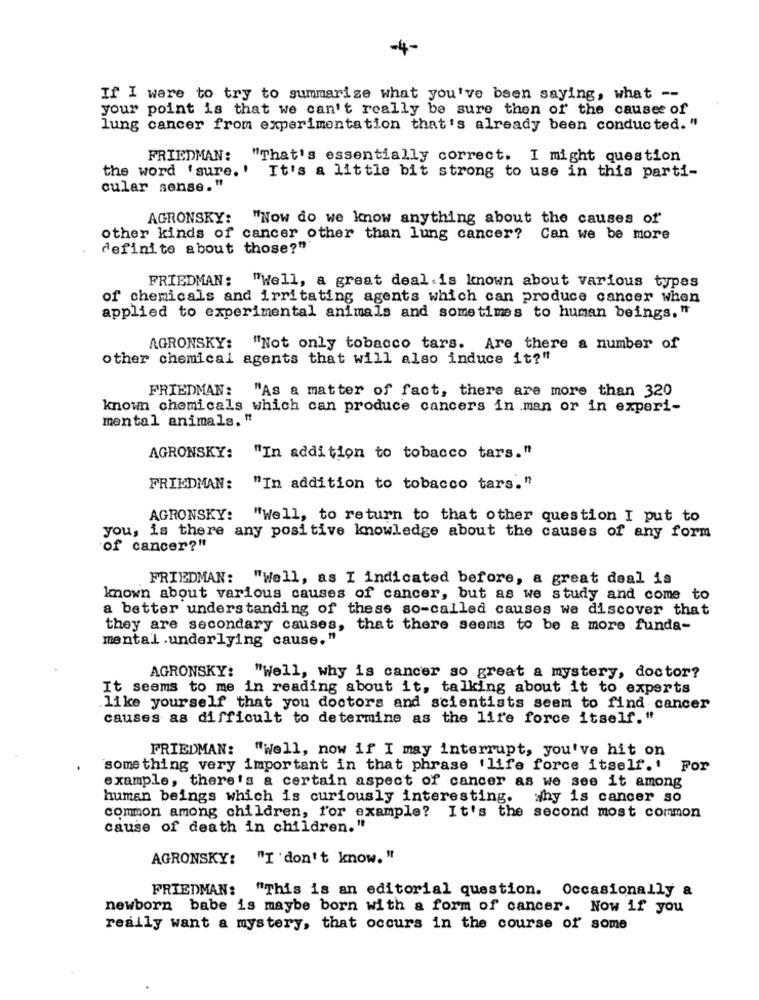
-4-
If I were to try to summarize what you've been saying, what --
your point is that we can't really be sure then of the cause of
lung cancer from experimentation that's already been conducted. "
FRIEDMAN: "That's essentially correct. I might question
the word 'sure. ' It's a little bit strong to use in this parti-
cular sense."
AGRONSKY: "Now do we know anything about the causes of
other kinds of cancer other than lung cancer? Can we be more
definito about those?"
FRIEDMAN: "Well, a great deal is known about various types
of chemicals and irritating agents which can produce cancer when
applied to experimental animals and sometimes to human beings."
AGRONSKY: "Not only tobacco tars. Are there a number of
other chemical agents that will also induce it?"
FRIEDMAN: "As a matter of fact, there are more than 320
known chemicals which can produce cancers in man or in experi-
mental animals. "
AGRONSKY: "In addition to tobacco tars."
FRIEDMAN:
"In addition to tobacco tars."
AGRONSKY:
"Well, to return to that other question I put to
you, is there any positive knowledge about the causes of any form
of cancer?"
FRIEDMAN: "Well, as I indicated before, a great deal is
known about various causes of cancer, but as we study and come to
a better understanding of these so-called causes we discover that
they are secondary causes, that there seems to be a more funda-
mental .underlying cause. "
AGRONSKY: "Well, why is cancer so great a mystery, doctor?
It seems to me in reading about it, talking about it to experts
.like yourself that you doctors and scientists seem to find cancer
causes as difficult to determine as the life force itself."
FRIEDMAN: "Well, now if I may interrupt, you've hit on
something very important in that phrase 'life force itself.' For
example, there's a certain aspect of cancer as we see it among
human beings which is curiously interesting.
why is cancer so
common among children, for example? It's the second most common
cause of death in children. "
AGRONSKY: "I 'don't know. "
FRIEDMAN: "This is an editorial question. Occasionally &
newborn babe is maybe born with a form of cancer. Now if you
really want a mystery, that occurs in the course of some